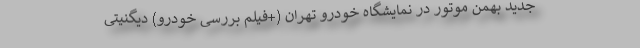
جدید بهمن موتور در نمایشگاه خودرو تهران (+فیلم بررسی خودرو) دیگنیتی